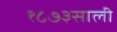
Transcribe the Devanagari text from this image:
१८७३साली